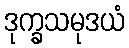
ဒုက္ခသမုဒယံ